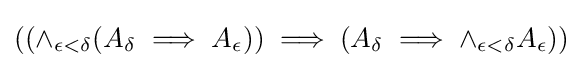
((\land _{\epsilon <\delta }{(A_{\delta }\implies A_{\epsilon })})\implies (A_{\delta }\implies \land _{\epsilon <\delta }{A_{\epsilon }}))